Annual administration report of the Bombay Presidency - 1887-1892
Year: 1887
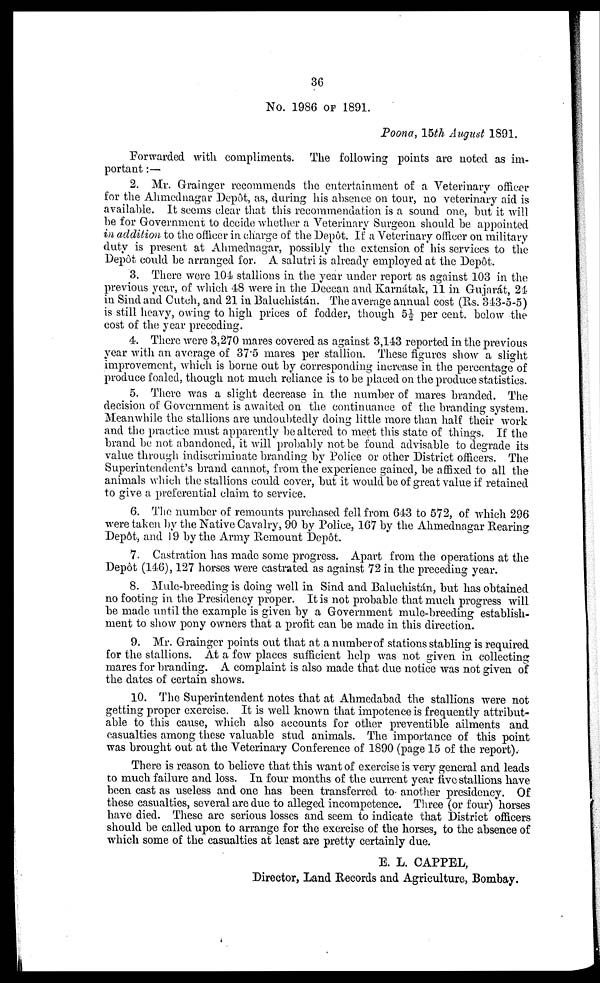
36
No. 1986 OF 1891.
Poona, 15th August 1891.
Forwarded with compliments. The following points are noted as im-
portant :—
2. Mr. Grainger recommends the entertainment of a Veterinary officer
for the Ahmednagar Depôt, as, during his absence on tour, no veterinary aid is
available. It seems clear that this recommendation is a sound one, but it will
be for Government to decide whether a Veterinary Surgeon should be appointed
in addition to the officer in charge of the Depôt. If a Veterinary officer on military
duty is present at Ahmednagar, possibly the extension of his services to the
Depôt could be arranged for. A salutri is already employed at the Depôt.
3. There were 104 stallions in the year under report as against 103 in the
previous year, of which 48 were in the Deccan and Karnátak, 11 in Gujarat, 24
in Sind and Cutch, and 21 in Baluchistán. The average annual cost (Rs. 343-5-5)
is still heavy, owing to high prices of fodder, though 5½ per cent. below the
cost of the year preceding.
4. There were 3,270 mares covered as against 3,143 reported in the previous
year with an average of 37.5 mares per stallion. These figures show a slight
improvement, which is borne out by corresponding increase in the percentage of
produce foaled, though not much reliance is to be placed on the produce statistics.
5. There was a slight decrease in the number of mares branded. The
decision of Government is awaited on the continuance of the branding system.
Meanwhile the stallions are undoubtedly doing little more than half their work
and the practice must apparently be altered to meet this state of things. If the
brand be not abandoned, it will probably not be found advisable to degrade its
value through indiscriminate branding by Police or other District officers. The
Superintendent's brand cannot, from the experience gained, be affixed to all the
animals which the stallions could cover, but it would be of great value if retained
to give a preferential claim to service.
6. The number of remounts purchased fell from 643 to 572, of which 296
were taken by the Native Cavalry, 90 by Police, 167 by the Ahmednagar Rearing
Depôt, and 19 by the Army Remount Depôt.
7. Castration has made some progress. Apart from the operations at the
Depôt (146), 127 horses were castrated as against 72 in the preceding year.
8. Mule-breeding is doing well in Sind and Baluchistán, but has obtained
no footing in the Presidency proper. It is not probable that much progress will
be made until the example is given by a Government mule-breeding establish-
ment to show pony owners that a profit can be made in this direction.
9. Mr. Grainger points out that at a number of stations stabling is required
for the stallions. At a few places sufficient help was not given in collecting
mares for branding. A complaint is also made that due notice was not given of
the dates of certain shows.
10. The Superintendent notes that at Ahmedabad the stallions were not
getting proper exercise. It is well known that impotence is frequently attribut-
able to this cause, which also accounts for other preventible ailments and
casualties among these valuable stud animals. The importance of this point
was brought out at the Veterinary Conference of 1890 (page 15 of the report).
There is reason to believe that this want of exercise is very general and leads
to much failure and loss. In four months of the current year five stallions have
been cast as useless and one has been transferred to another presidency. Of
these casualties, several are due to alleged incompetence. Three (or four) horses
have died. These are serious losses and seem to indicate that District officers
should be called upon to arrange for the exercise of the horses, to the absence of
which some of the casualties at least are pretty certainly due.
E. L. CAPPEL,
Director, Land Records and Agriculture, Bombay.